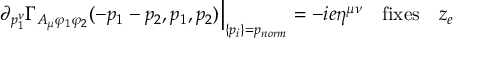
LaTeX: \partial _ { p _ { 1 } ^ { \nu } } \Gamma _ { A _ { \mu } \varphi _ { 1 } \varphi _ { 2 } } ( - p _ { 1 } - p _ { 2 } , p _ { 1 } , p _ { 2 } ) \Big | _ { \{ p _ { i } \} = p _ { n o r m } } = - i e \eta ^ { \mu \nu } \quad \mathrm { f i x e s } \quad z _ { e }